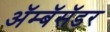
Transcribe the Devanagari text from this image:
ॲम्बॅसॅडर